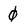
Character: 0